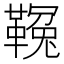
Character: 𩌑